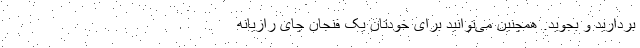
بردارید و بجوید. همچنین می‌توانید برای خودتان یک فنجان چای رازیانه